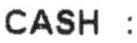
CASH :